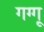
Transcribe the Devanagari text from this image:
गग्गू